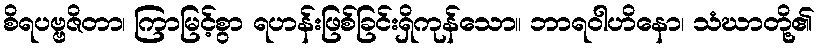
စိရပဗ္ဗဇိတာ၊ ကြာမြင့်စွာ ရဟန်းဖြစ်ခြင်းရှိကုန်သော။ ဘာရဝါဟိနော၊ သံဃာတို့၏